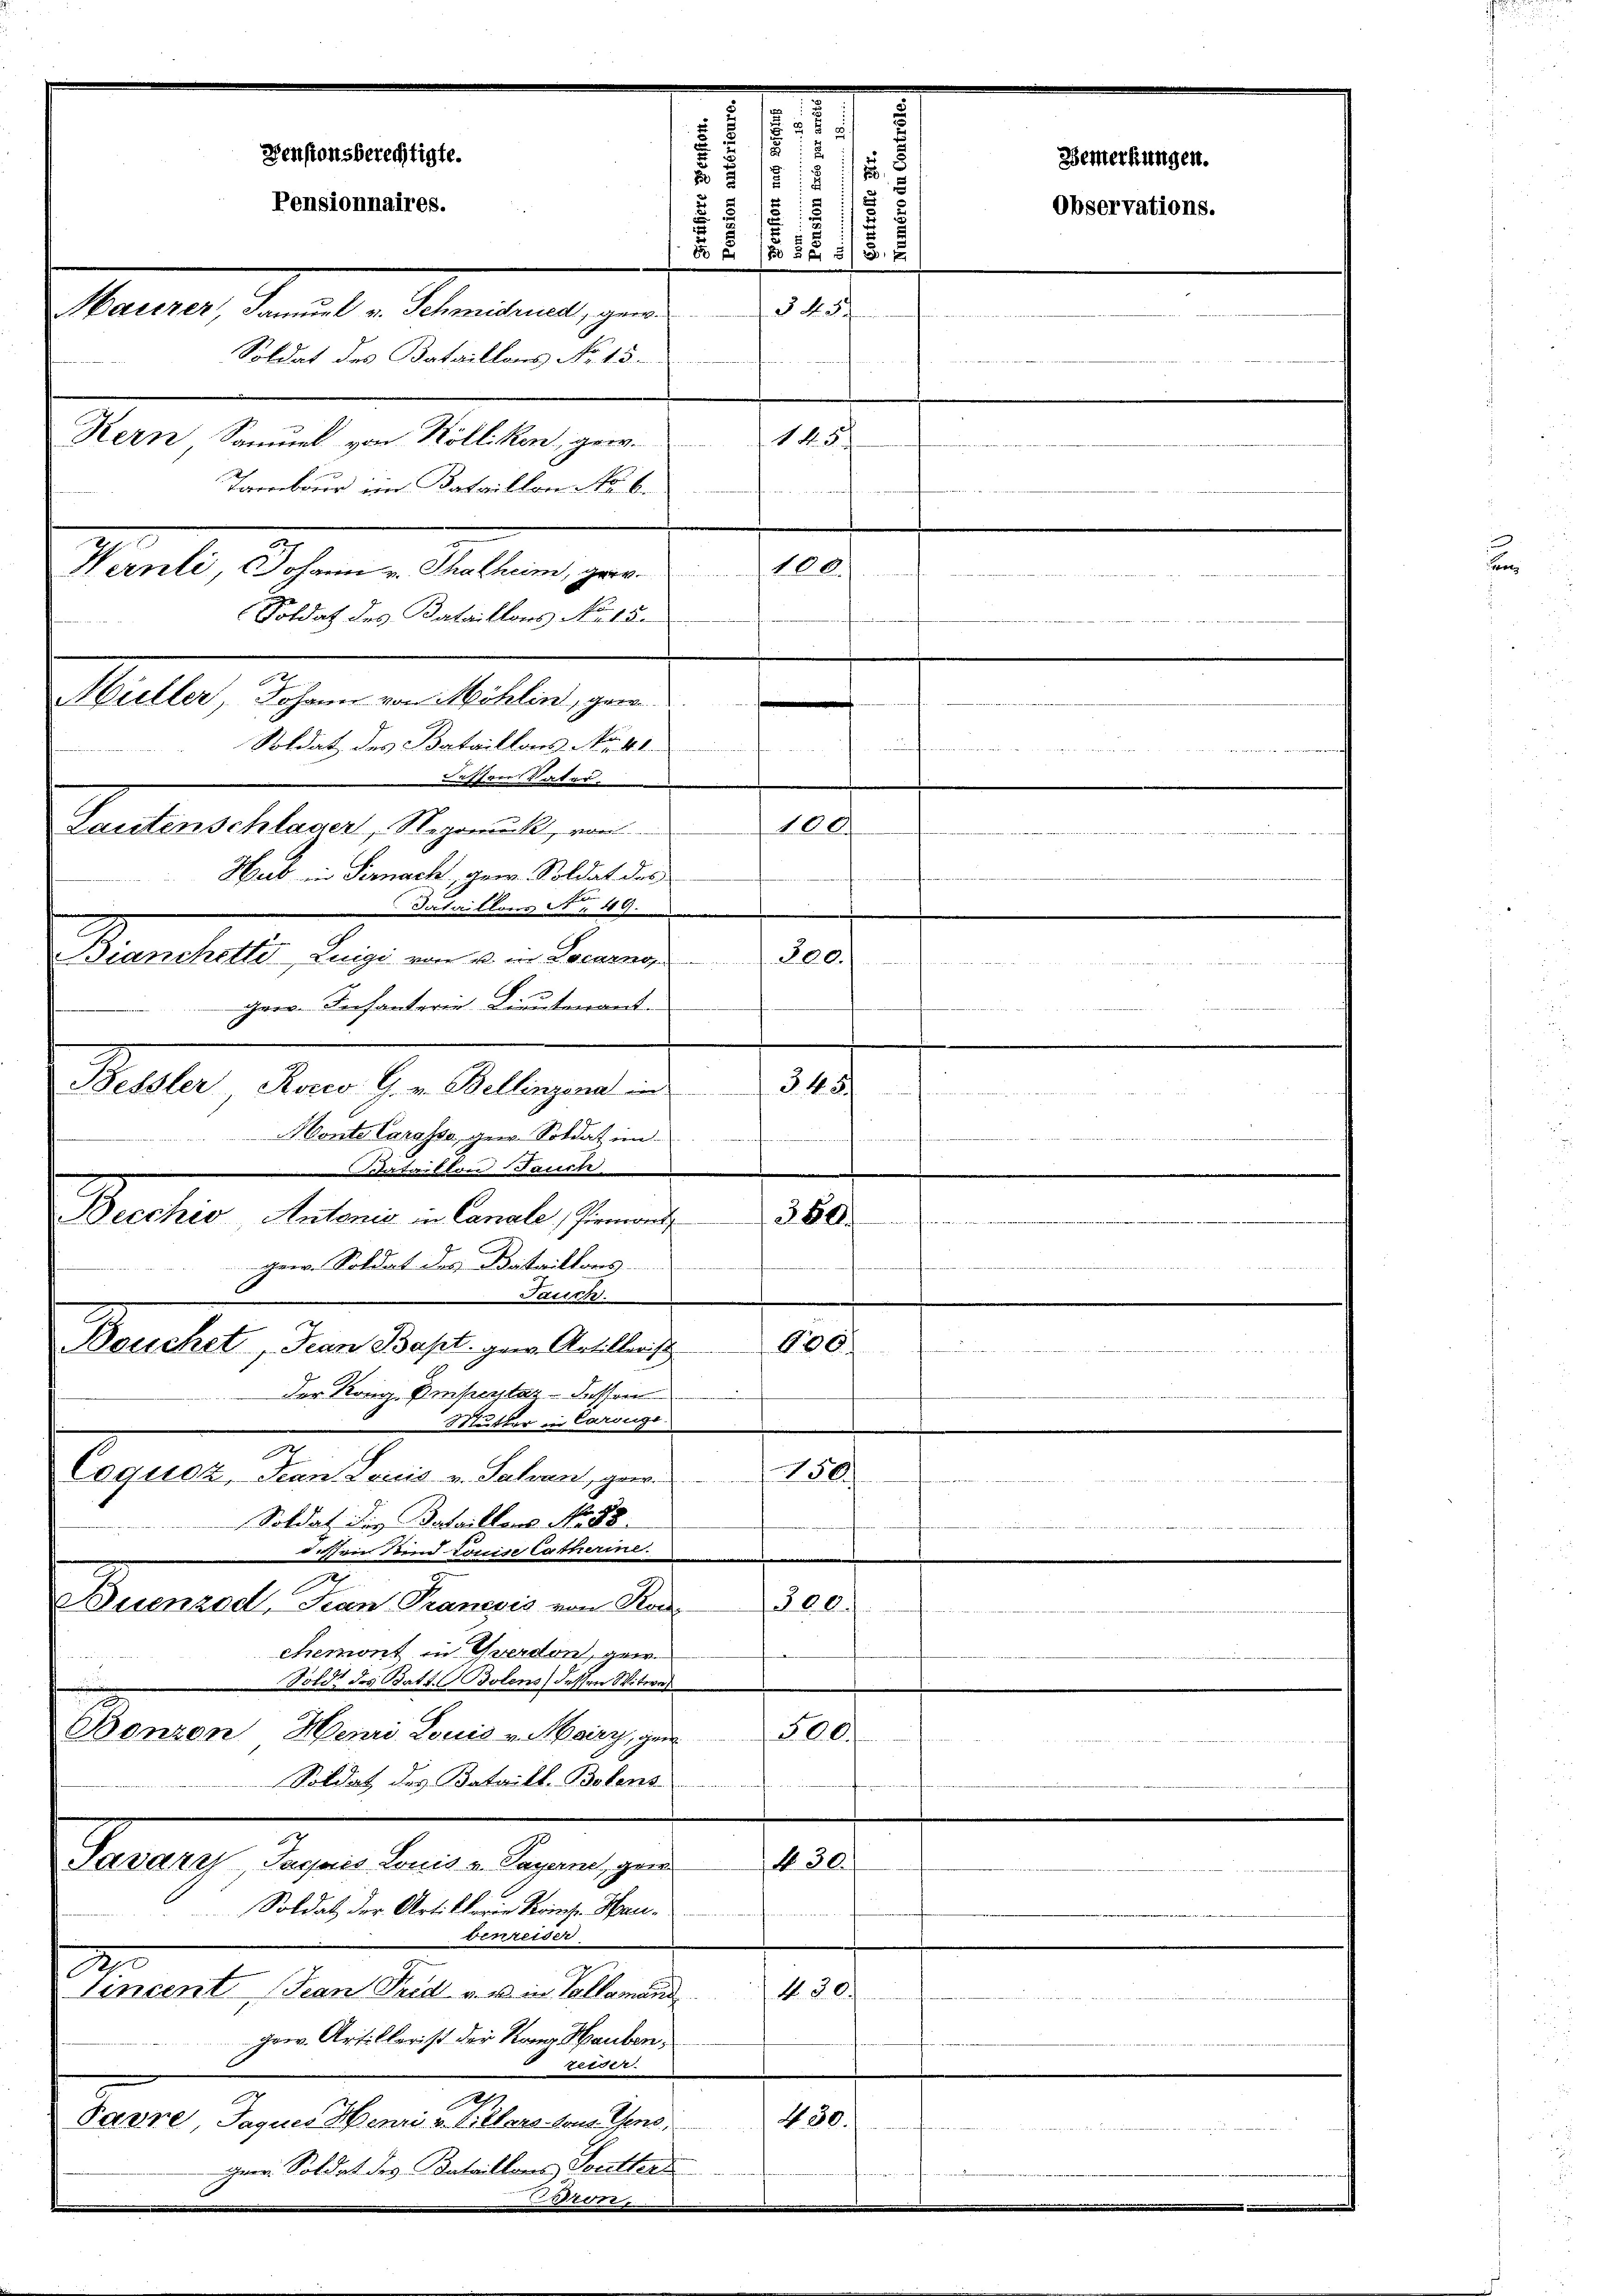
17
2
7
Densionsberechtigte.
2
Bemerkungen.
s
8
G
Pensionnaires.
Observations.
22 1/2
§ 43.
Harzer, Samuel v. Schmidrued, gew

Soldat des Bataillons No. 15.
1
Hern Sammel von Kölliken, gew. 145
Tambour im Bataillon No 6.
hnmacht
Wernli, Johann u. Thalheim, ger. 100.

Hieller Johann von Möhlin, ger
Soldat des Bataillons No. 41
dessen Vater
Lautenschläger, Regreuck, von
Hub in Fernach, gew. Soldat des
Sataillons S. 49.
Bianchetti, Luigi von u. in Locarno,
ger. Infantern Lieutenant.
Bessler, Rose G. v. Bellinzona in
Honte Carasse, gen. Soldat im
Bataillon auch
Becchio Antonis in Canale Piemont

Soldat des Kataillons No 15.
ger. Soldat des Detaillons
Jauch
600
Bouchet, Jean Bapt. gew. Artillenst
d
Der Kong. Einsentar - dessen
Mutter in Carouge
E
150.
Cogusz, Jean Loicis v. Salvast, gro
i
Soldat die Bataillons No 88.
dessen sind weise Catharine.
ge
Buenzod San. Pranesis von Kan
300.
d. Petenten 1778.
chemont in Yverden, geer
Soldt des Batt. Bolens dessen Witwes
Bonzon, Henri Louis v. Mairy, gen
500.
Soldat des Bataill-Bolens
No. 30.
Savare Saches Louis v. Payerne, gra
Soldat der Art. Clerie Krich. Haubenreiser
81
A. 30.
Cincent (Jean Frid v. u. a. Gallemand
Hrer. Artillerist der Kann Hauben,
 zeiger.
Rh.
430.
Parre, Jaques Henri v. Villars von Gens,
trementen am 1. er eingerner u. Brandern

weder Betract man sicht in Rechte man sich hier
100.
a
345/

380.